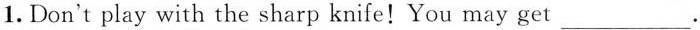
1.Don't play with the sharp knife! You may get ___.